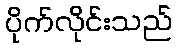
ပိုက်လိုင်းသည်